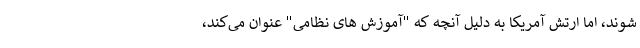
شوند، اما ارتش آمریکا به دلیل آنچه که "آموزش های نظامی" عنوان می‌کند،